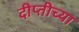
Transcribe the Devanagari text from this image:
दीप्तीच्या